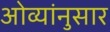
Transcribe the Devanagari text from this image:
ओव्यांनुसार